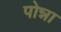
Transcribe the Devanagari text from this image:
पोन्ना